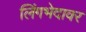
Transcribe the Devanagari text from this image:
लिंगभेदावर